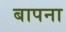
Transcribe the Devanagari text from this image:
बापना